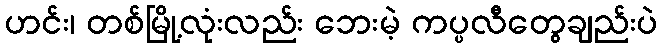
ဟင်း၊ တစ်မြို့လုံးလည်း ဘေးမဲ့ ကပ္ပလီတွေချည်းပဲ